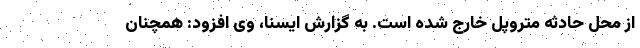
از محل حادثه متروپل خارج شده است. به گزارش ایسنا، وی افزود: همچنان